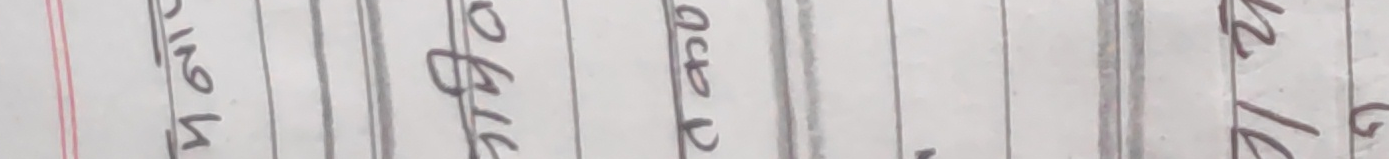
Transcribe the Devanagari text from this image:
मंगलबार
०१६
आश्विन